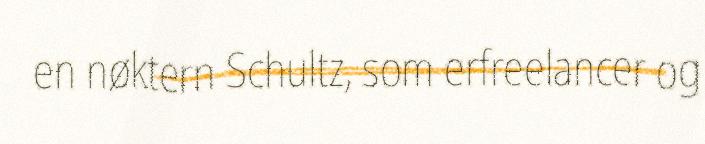
en nøktern Schultz, som erfreelancer og